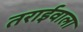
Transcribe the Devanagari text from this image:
तराईवाला